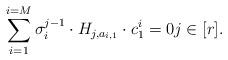
LaTeX: \begin{align*} \sum_{i = 1}^{i = M} \sigma_{i}^{j - 1} \cdot H_{j, a_{i, 1}} \cdot c^{i}_{1} = 0 j \in [r].\end{align*}